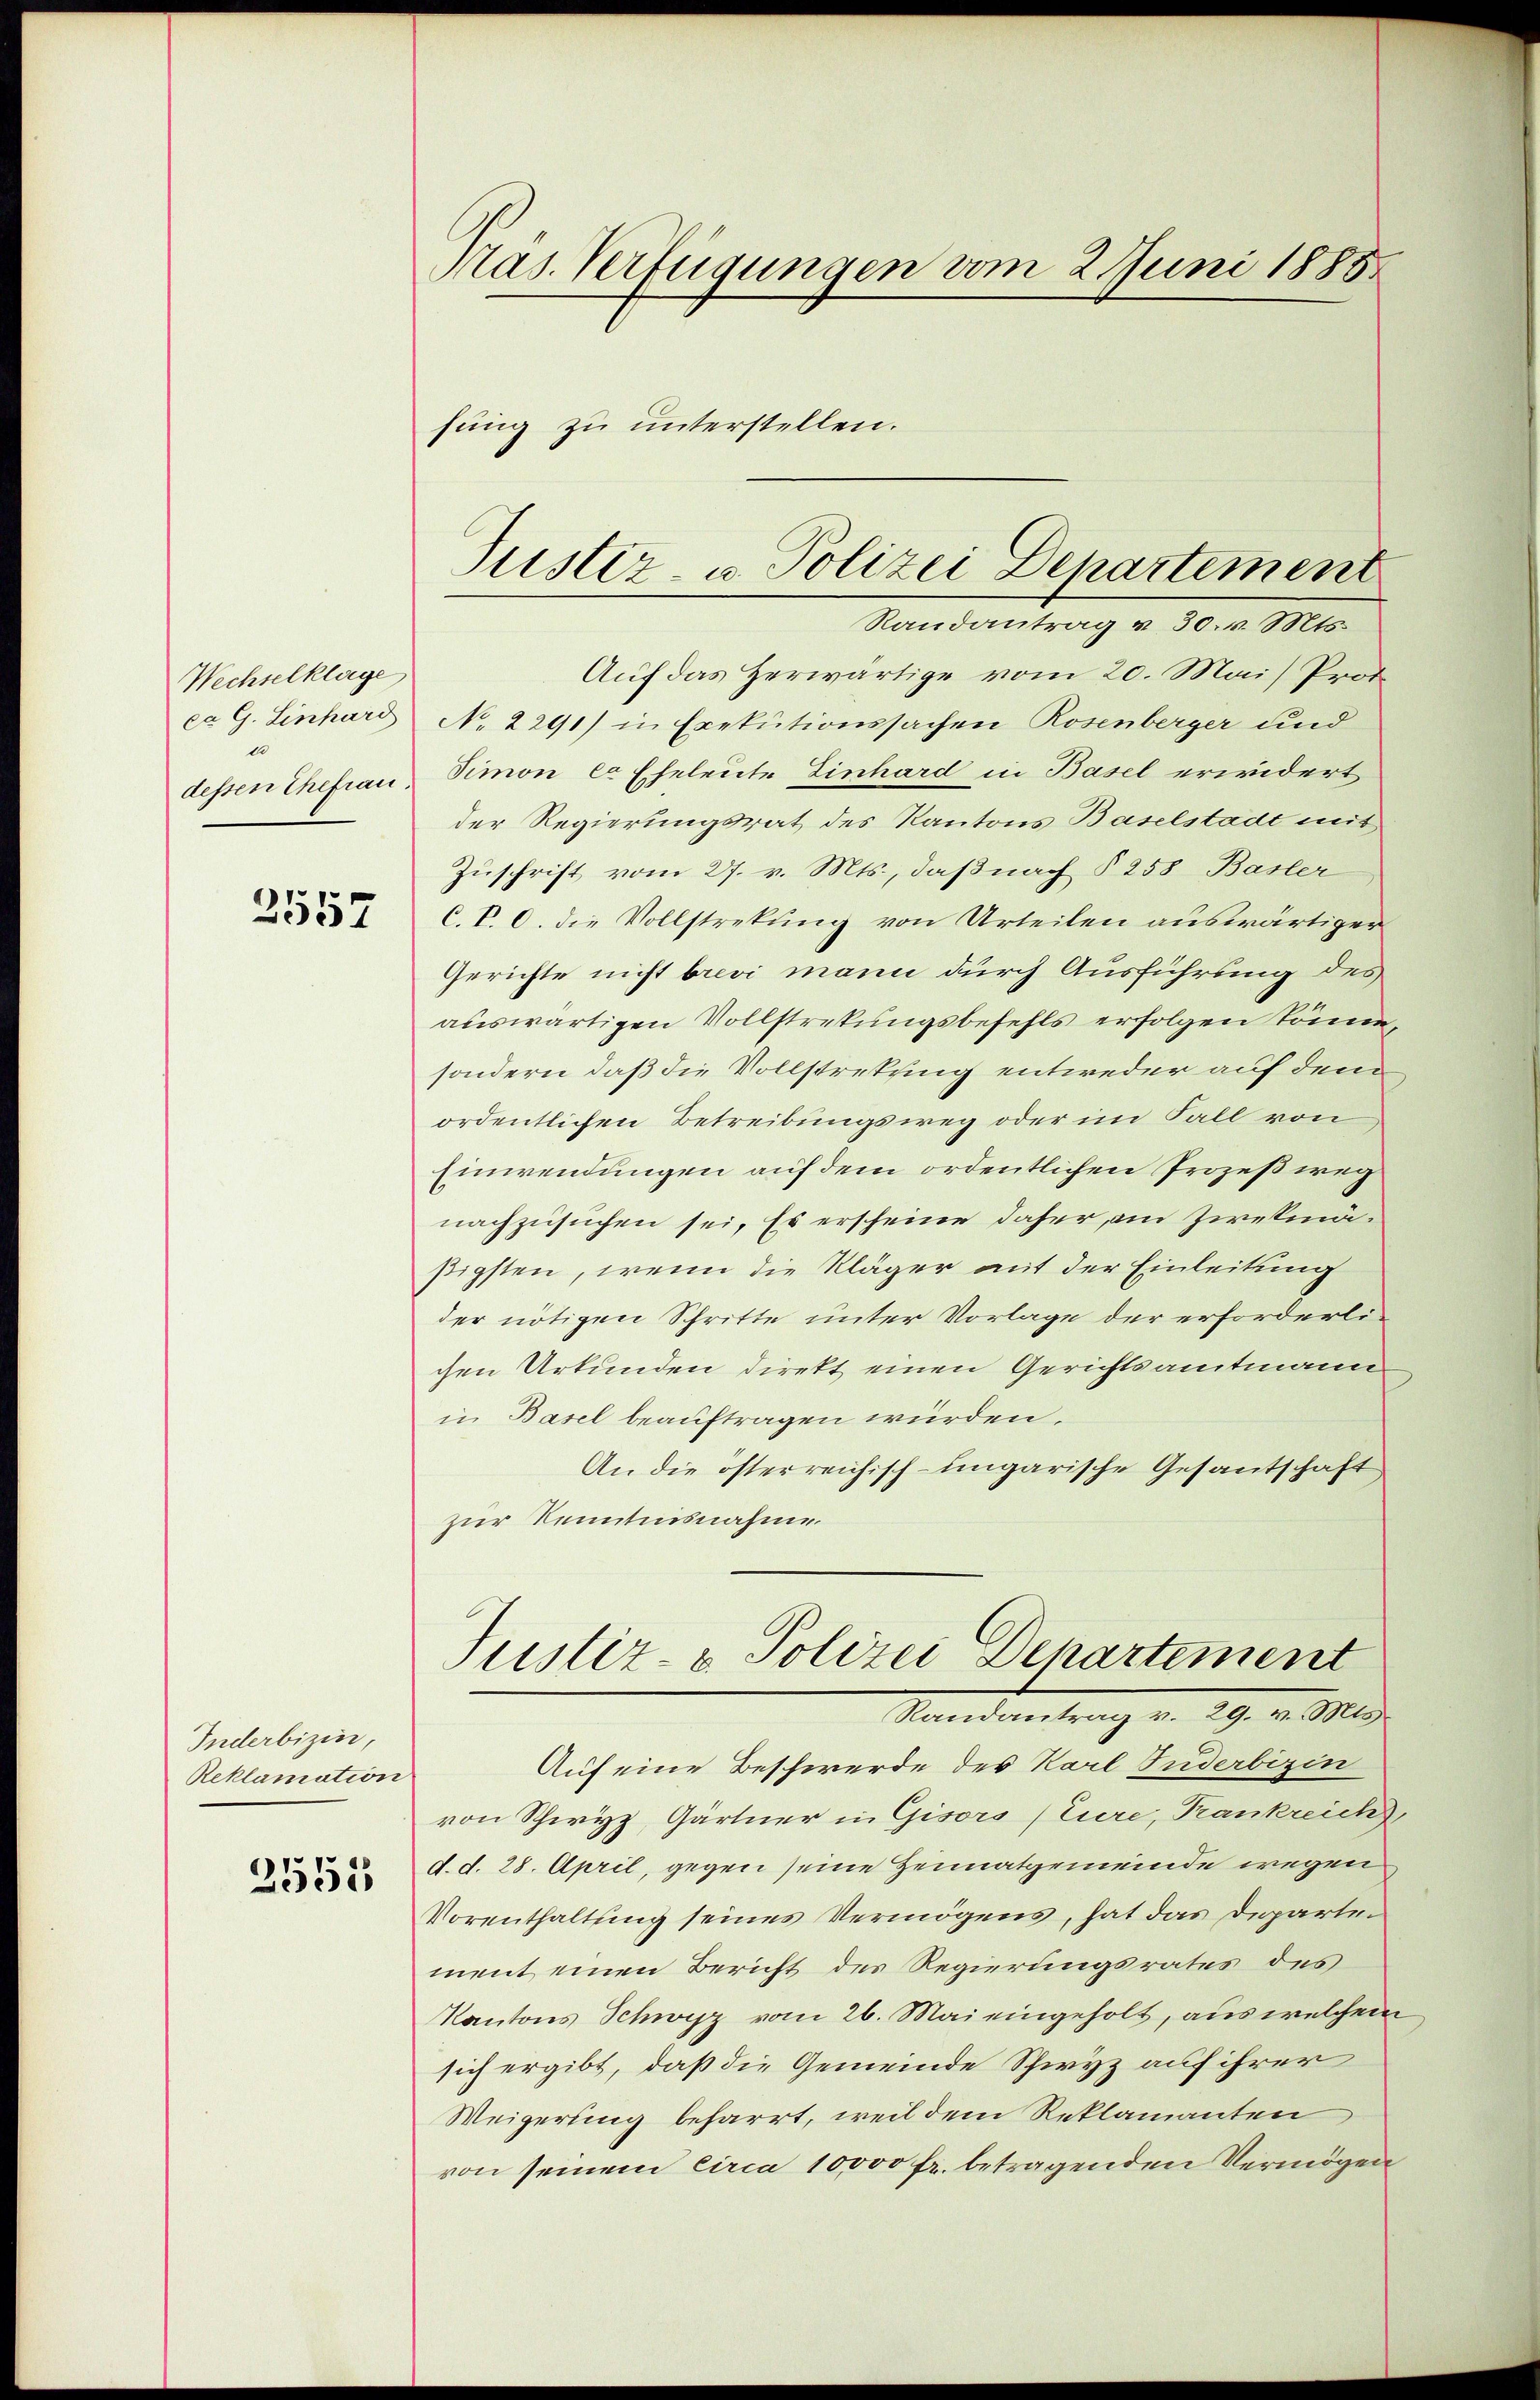
Wechselklage
ca G. Einhard
l
dessen Ehefrau

2557

Inderbizin,
Reklamation

2555

Mas. Verfügungen vom 2 Juni 1885
fung zu unterstellen.

Auf das Herwärtige vom 20. Mai, Prof.
No 2291) in Exekutionssachen Rosenberger und
Simon ca Eheleute Einhard in Basel erwidert
der Regierungsrat des Kantons Baselstadt mit
Zuschrift vom 27. v. Mts., daß nach § 258 Basler
C. P. O. die Vollstrekung von Urteilen auswärtiger
Gerichte nicht brevi mann durch Ausführung des
auswärtigen Vollstretungsbefehls erfolgen könne,
sondern, daß die Vollstretung entweder auf dem
ordentlichen Betreibungsweg oder im Fall von
Einwendungen auf dem ordentlichen Prozeßweg
nachzusuchen sei. Es erscheine daher am Zwekmäßigsten, wenn die Kläger mit der Einleitung
der nötigen Schritte unter Vorlage der erforderlichen Urkunden direkt einen Gerichtsamtmann
in Basel beauftragen würden.
An die österreichisch-ungarische Gesantschaft
zur Kenntnisnahme.
Justiz- & Polizei Departement
Randantrag v. 29. v. Mts.
Auf eine Beschwerde des Karl Juderbizin
von Schwyz, Gärtner in Gisors (Eure, Krankreich
d. d. 28. April, gegen seine Heimatgemeinde wegen
Vorenthaltung seines Vermögens, hat das Departement einen Bericht des Regierungsrates des
Kantons Schwyz vom 26. Mai eingeholt, aus welchem
sich ergibt, daß die Gemeinde Schwyz auf ihrer
Weigerung beharrt, weil dem Reklamanten
von seinem circa 10000 fr. betragenden Vermögen

Justiz- u. Polizei Departement
Randantrag v. 30. v. Mts.